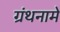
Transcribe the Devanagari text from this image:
ग्रंथनामे